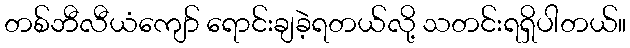
တစ်ဘီလီယံကျော် ရောင်းချခဲ့ရတယ်လို့ သတင်းရရှိပါတယ်။